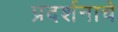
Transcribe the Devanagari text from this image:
प्रदर्शनाचे